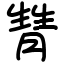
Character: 甧